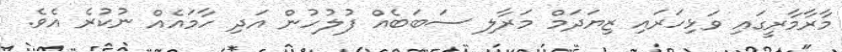
މާރާމާރީގައި ވަޅިހަރައި ޒިޔަދަމް މަރާލި ސަބަބެއް ފުލުހުން އަދި ހާމައެއް ނުކުރެ އެވެ.